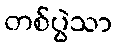
တစ်ပွဲသာ